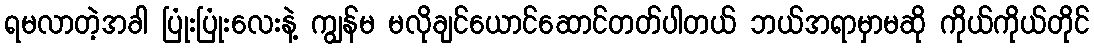
ရမလာတဲ့အခါ ပြုံးပြုံးလေးနဲ့ ကျွန်မ မလိုချင်ယောင်ဆောင်တတ်ပါတယ် ဘယ်အရာမှာမဆို ကိုယ်ကိုယ်တိုင်